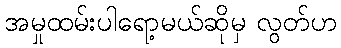
အမှုထမ်းပါရော့မယ်ဆိုမှ လွတ်ဟ